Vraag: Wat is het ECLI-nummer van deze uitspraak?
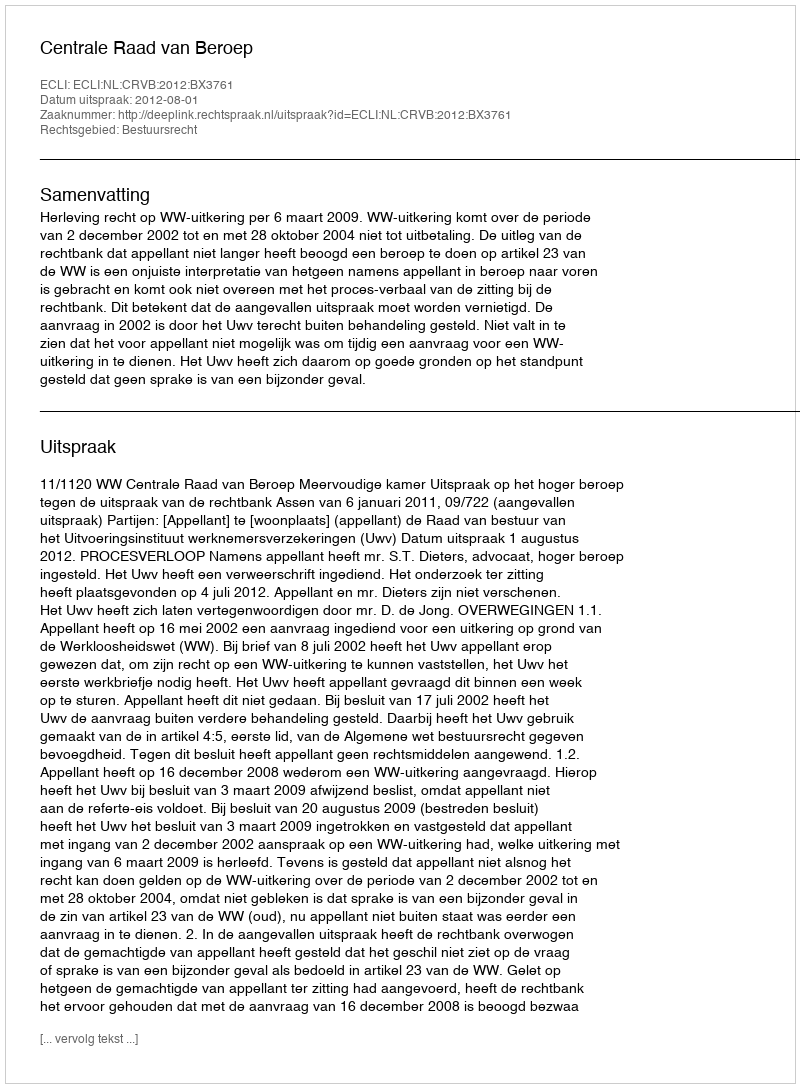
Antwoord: ECLI:NL:CRVB:2012:BX3761